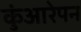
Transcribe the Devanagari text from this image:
कुंआरेपन